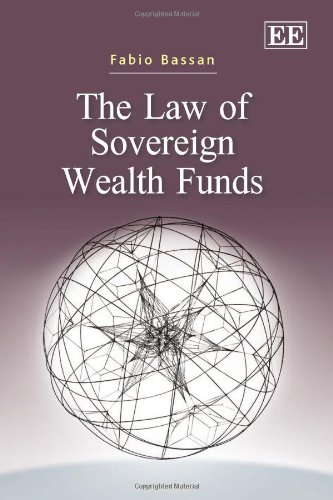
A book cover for The Law of Sovereign Wealth Funds; Fabio Bassan; Law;